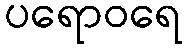
ပရောဝရေ